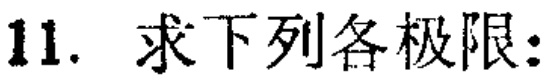
11. 求下列各极限：